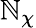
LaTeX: \mathbb{N}_{\chi}